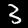
Digit: 3